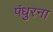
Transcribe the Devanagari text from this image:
पंधुरना